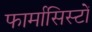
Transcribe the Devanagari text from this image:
फार्मासिस्टों